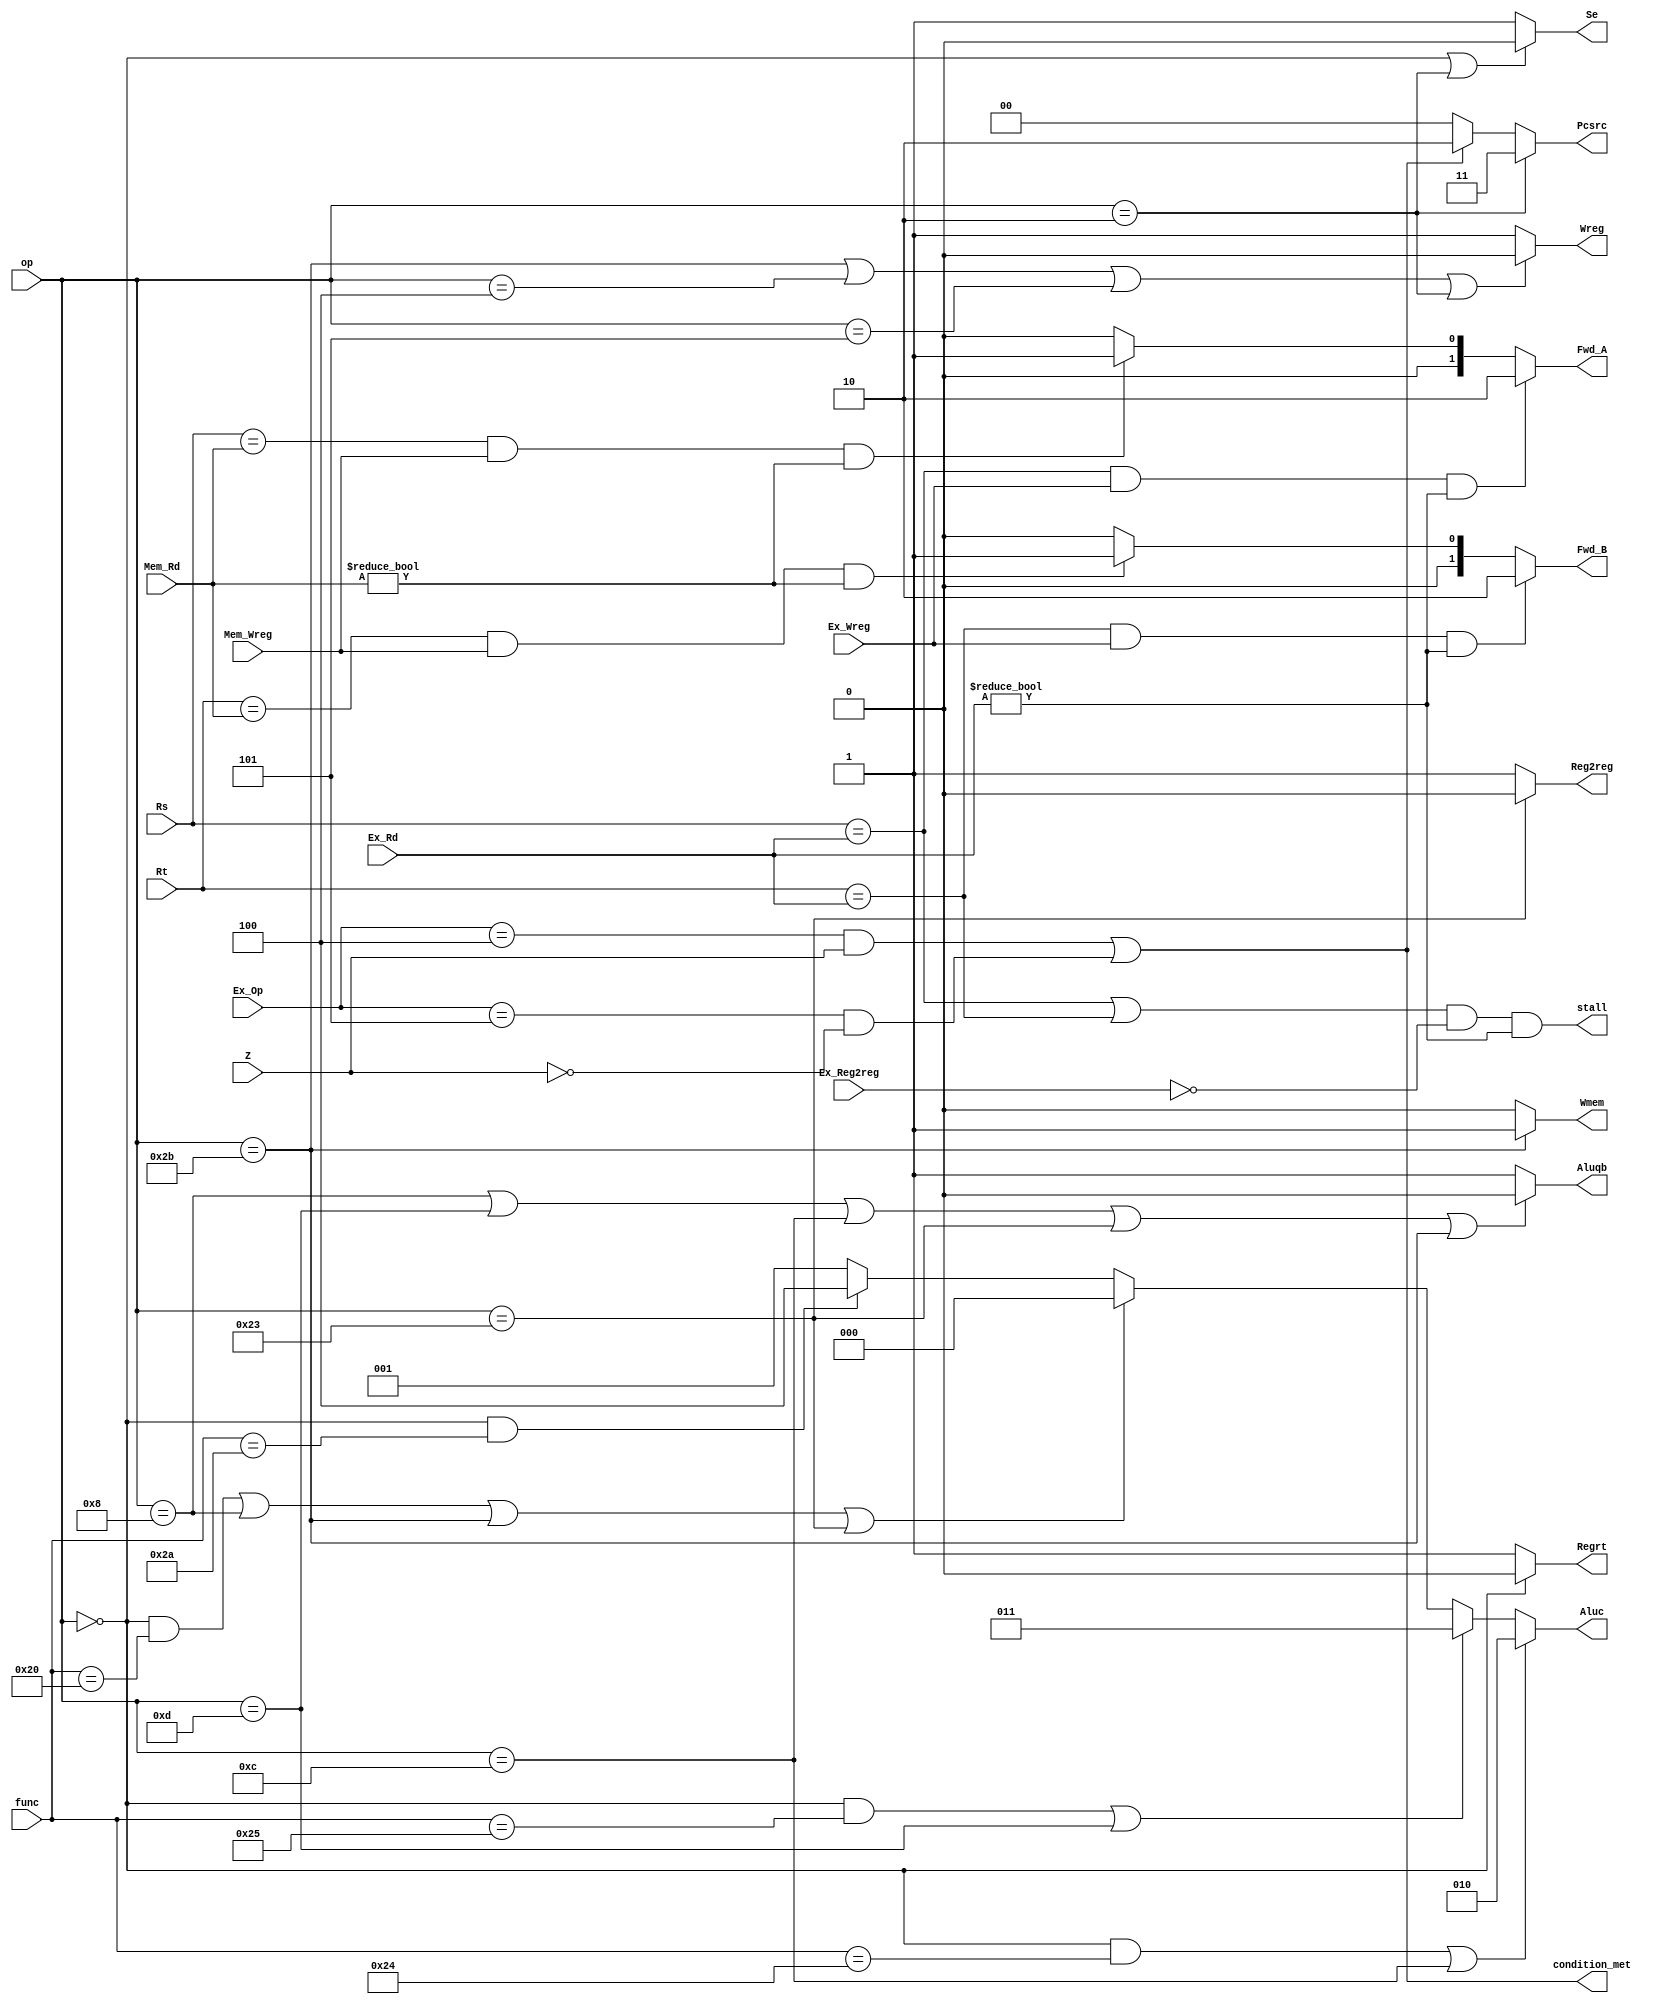
module CONUNIT(op, func, Z, Rs, Rt, Ex_Op, Ex_Rd, Mem_Rd, Ex_Wreg, Mem_Wreg, Ex_Reg2reg, Regrt, Se, Wreg, Aluqb, Aluc, Wmem, Pcsrc, Reg2reg, Fwd_A, Fwd_B, stall, condition_met);
  
  input[5:0] op, func, Ex_Op;
  input Z, Ex_Wreg, Mem_Wreg, Ex_Reg2reg;
  input[4:0] Rs, Rt, Ex_Rd, Mem_Rd;
  output Regrt, Se, Wreg, Aluqb, Wmem, Reg2reg, stall, condition_met;
  output [1:0] Pcsrc;
  output [2:0] Aluc;
  output [1:0] Fwd_A, Fwd_B;
  wire [5:0] R_TYPE, ADDI, ANDI, ORI, LW, SW, BEQ, BNE, J, AND, OR, ADD, SLT;
  
  assign R_TYPE = 6'd0;
  assign ADDI = 6'd8;
  assign ANDI = 6'd12;
  assign ORI = 6'd13;
  assign LW =  6'd35;
  assign SW = 6'd43;
  assign BEQ = 6'd4;
  assign BNE = 6'd5;
  assign J = 6'd2;
  assign AND = 6'd36;
  assign OR = 6'd37;
  assign ADD = 6'd32;
  assign SLT = 6'd42;
  
  
  assign Regrt = (op == R_TYPE) ? 1'b0 : 1'b1;
  
  assign Se = (op == R_TYPE || op == J) ? 1'b0 : 1'b1;
  
  assign Wreg = (op == SW || op == BEQ || op == BNE || op == J) ? 1'b0 : 1'b1;
  
  assign Aluqb = (op == ADDI || op == ORI || op == ANDI || op == LW || op == SW) ? 1'b0 :1'b1;
  assign Aluc = ((op == R_TYPE && func == AND)|| op == ANDI) ? 3'd2 : (((op == R_TYPE && func == OR) || op == ORI) ? 3'd3 : ((op == R_TYPE && func == ADD) || op == ADDI || op == SW || op == LW) ? 3'd0 : (op == R_TYPE && func == SLT) ? 3'd4 : 3'd1);
  
  assign Wmem = (op == SW) ? 1'b1 : 1'b0;
  
  assign Pcsrc = (op == J) ? 2'd3 : (((Ex_Op == BEQ && Z == 1'b1) || (Ex_Op == BNE && Z == 1'b0))? 2'd2 : 2'd0);
  
  assign Reg2reg = (op == LW) ? 1'd0 : 1'd1;
  
  
  // 00: No Hazard
  // 01: Hazard in MEM stage
  // 10: Hazard in EXE stage
  assign Fwd_A = (Rs==Ex_Rd && Ex_Wreg && Ex_Rd!=5'd0) ? 2'b10 : ((Rs==Mem_Rd && Mem_Wreg && Mem_Rd != 5'd0) ? 2'b01 : 2'b00);
  assign Fwd_B = (Rt==Ex_Rd && Ex_Wreg && Ex_Rd!=5'd0) ? 2'b10 : ((Rt==Mem_Rd && Mem_Wreg && Mem_Rd != 5'd0) ? 2'b01 : 2'b00);
  
  assign stall = (Rs == Ex_Rd || Rt == Ex_Rd) && ~Ex_Reg2reg && Ex_Rd != 5'd0;
  assign condition_met = (Ex_Op == BEQ && Z) || (Ex_Op == BNE && ~Z); 
  
  
endmodule